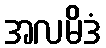
အလမိဒံ